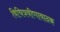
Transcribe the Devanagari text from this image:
विचित्रवीणावादक